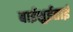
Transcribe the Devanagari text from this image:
बाईशुईताई